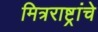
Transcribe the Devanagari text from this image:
मित्रराष्ट्रांचे